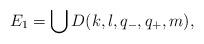
LaTeX: \begin{align*}E_1 = \bigcup D(k, l,q_-, q_+, m),\end{align*}